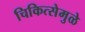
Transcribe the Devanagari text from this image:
चिकित्सेमुळे